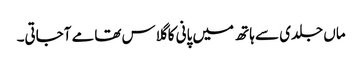
ماں جلدی سے ہاتھ میں پانی کا گلاس تھامے آجاتی۔